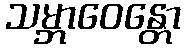
သမ္ဘာဝေန္တော